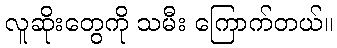
လူဆိုးတွေကို သမီး ကြောက်တယ်။